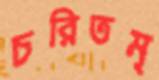
চরিতম্